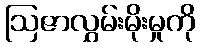
ဩဇာလွှမ်းမိုးမှုကို